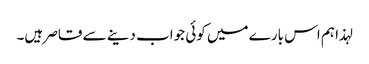
لہذا ہم اس بارے میں کوئی جواب دینے سے قاصر ہیں۔